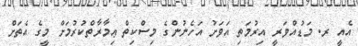
އެއީ ރ. މަޑުއްވަރީ އިރުމަތި އަވަށު އަހެނުންގެ މިސްކިތް ޢިމާރާތްކުރުމަށް މީގެ އެތަށް